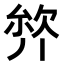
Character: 𭆣